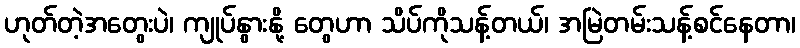
ဟုတ်တဲ့အတွေးပဲ၊ ကျုပ်နွားနို့ တွေဟာ သိပ်ကိုသန့်တယ်၊ အမြဲတမ်းသန့်စင်နေတာ၊